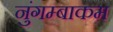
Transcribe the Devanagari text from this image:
नुंगम्बाकम